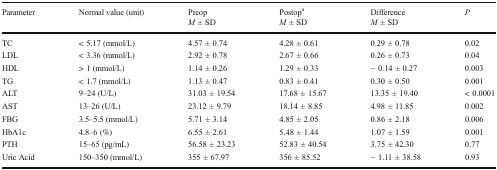
<table><thead><tr><td><b>Parameter</b></td><td><b>Normal value (unit)</b></td><td><b>Preop<i>M</i> ± SD</b></td><td><b>Postop<sup>a</sup><i>M</i> ± SD</b></td><td><b>Difference<i>M</i> ± SD</b></td><td><b><i>P</i></b></td></tr></thead><tbody><tr><td>TC</td><td>&lt; 5.17 (mmol/L)</td><td>4.57 ± 0.74</td><td>4.28 ± 0.61</td><td>0.29 ± 0.78</td><td>0.02</td></tr><tr><td>LDL</td><td>&lt; 3.36 (mmol/L)</td><td>2.92 ± 0.78</td><td>2.67 ± 0.66</td><td>0.26 ± 0.73</td><td>0.04</td></tr><tr><td>HDL</td><td>&gt; 1 (mmol/L)</td><td>1.14 ± 0.26</td><td>1.29 ± 0.33</td><td>− 0.14 ± 0.27</td><td>0.003</td></tr><tr><td>TG</td><td>&lt; 1.7 (mmol/L)</td><td>1.13 ± 0.47</td><td>0.83 ± 0.41</td><td>0.30 ± 0.50</td><td>0.001</td></tr><tr><td>ALT</td><td>9–24 (U/L)</td><td>31.03 ± 19.54</td><td>17.68 ± 15.67</td><td>13.35 ± 19.40</td><td>&lt; 0.0001</td></tr><tr><td>AST</td><td>13–26 (U/L)</td><td>23.12 ± 9.79</td><td>18.14 ± 8.85</td><td>4.98 ± 11.85</td><td>0.002</td></tr><tr><td>FBG</td><td>3.5–5.5 (mmol/L)</td><td>5.71 ± 3.14</td><td>4.85 ± 2.05</td><td>0.86 ± 2.18</td><td>0.006</td></tr><tr><td>HbA1c</td><td>4.8–6 (%)</td><td>6.55 ± 2.61</td><td>5.48 ± 1.44</td><td>1.07 ± 1.59</td><td>0.001</td></tr><tr><td>PTH</td><td>15–65 (pg/mL)</td><td>56.58 ± 23.23</td><td>52.83 ± 40.54</td><td>3.75 ± 42.30</td><td>0.77</td></tr><tr><td>Uric Acid</td><td>150–350 (mmol/L)</td><td>355 ± 67.97</td><td>356 ± 85.52</td><td>− 1.11 ± 38.58</td><td>0.93</td></tr></tbody></table>